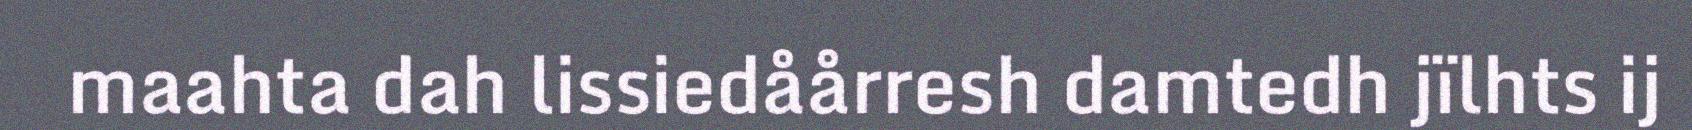
maahta dah lissiedåårresh damtedh jïlhts ij